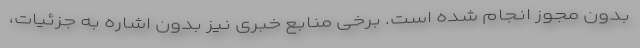
بدون مجوز انجام شده است. برخی منابع خبری نیز بدون اشاره به جزئیات،